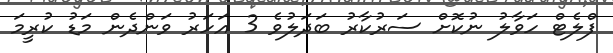
ފްލެޓް ހަވާލު ނުކޮށް ސަރުކާރު ބަދަލުވެ 3 އަހަރު ވަންދެން މަޑު ކުރީމަ